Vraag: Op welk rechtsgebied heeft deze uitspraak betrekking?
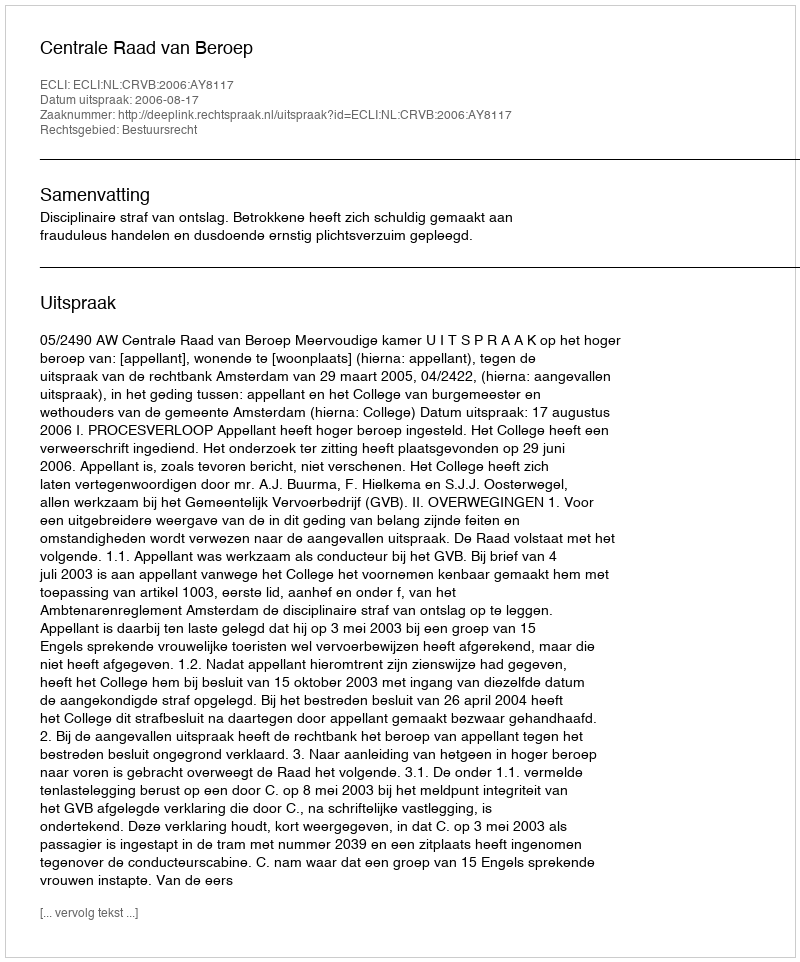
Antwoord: Bestuursrecht